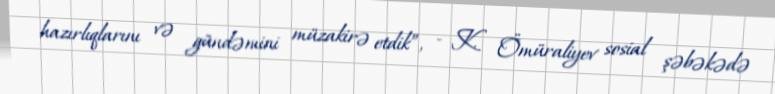
hazırlıqlarını və gündəmini müzakirə etdik”, - K. Ömüraliyev sosial şəbəkədə